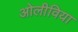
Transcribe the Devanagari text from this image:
ओलीविया